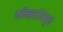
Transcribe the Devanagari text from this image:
कॉन्सर्टांंमधून